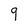
Character: 9